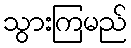
သွားကြမည်